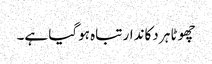
چھوٹا ہر دکاندار تباہ ہوگیا ہے۔